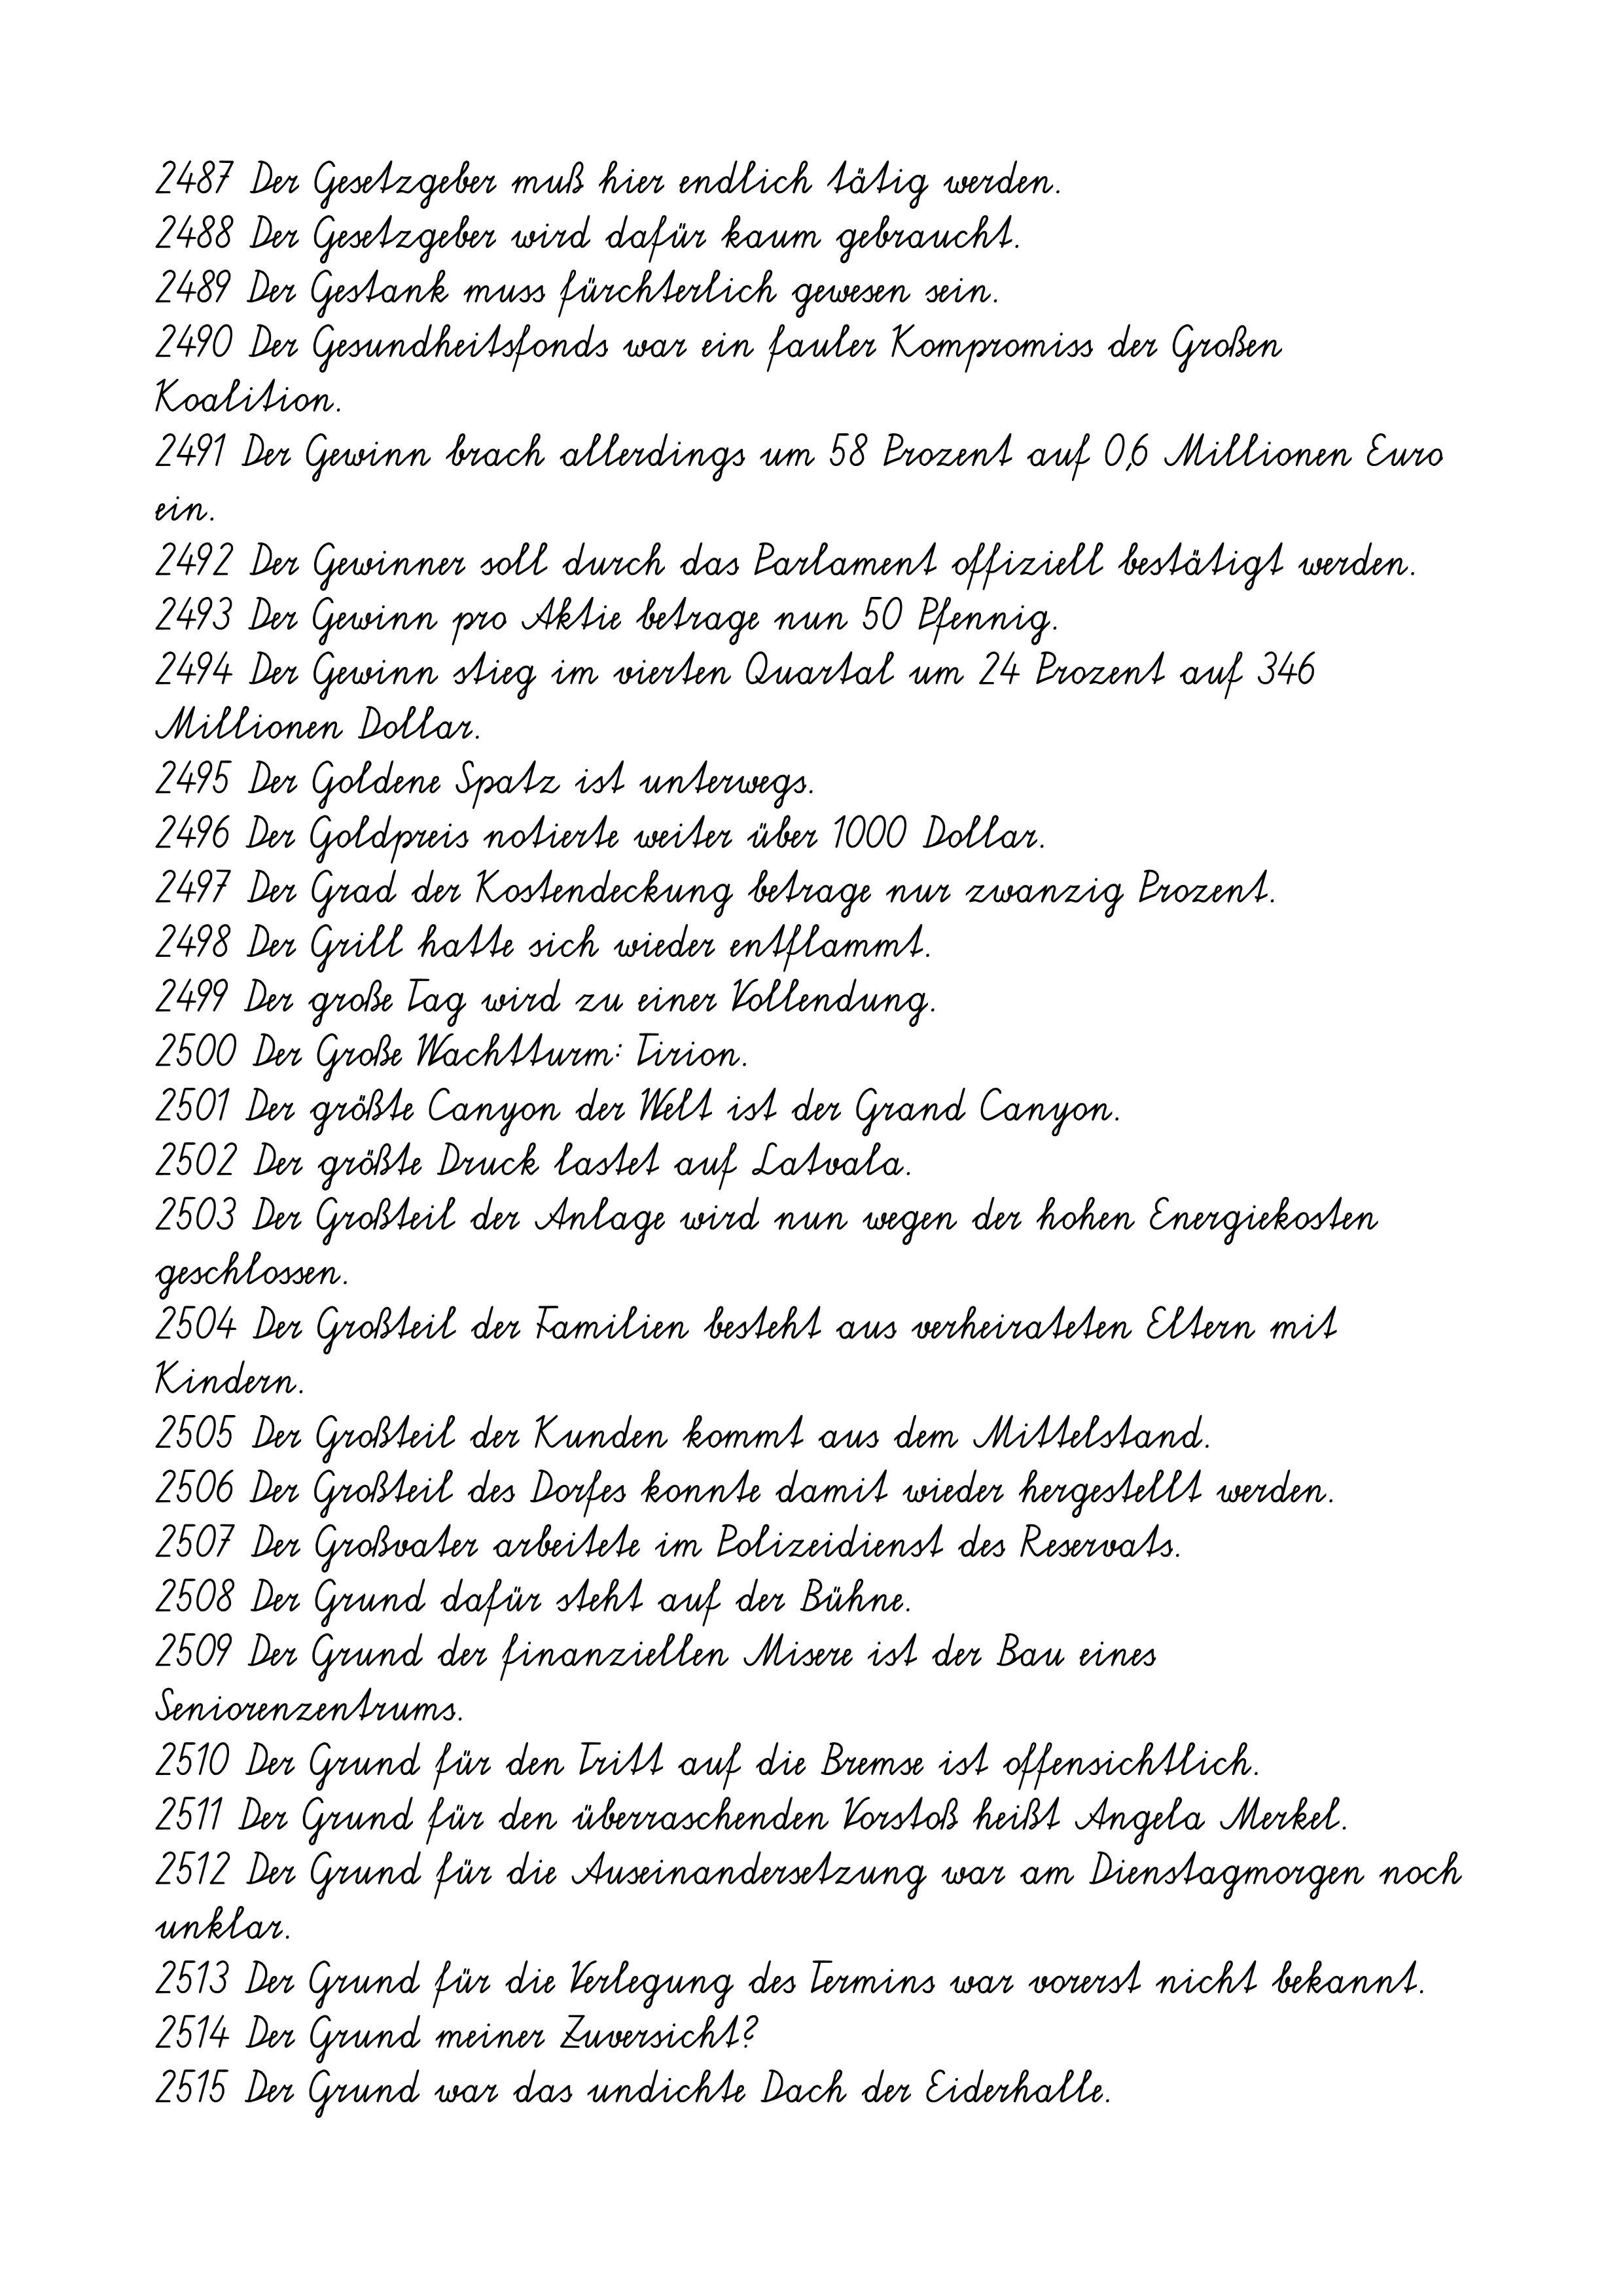
2487 Der Gesetzgeber muß hier endlich tätig werden.
2488 Der Gesetzgeber wird dafür kaum gebraucht.
2489 Der Gestank muss fürchterlich gewesen sein.
2490 Der Gesundheitsfonds war ein fauler Kompromiss der Großen
Koalition.
2491 Der Gewinn brach allerdings um 58 Prozent auf 0,6 Millionen Euro
ein.
2492 Der Gewinner soll durch das Parlament offiziell bestätigt werden.
2493 Der Gewinn pro Aktie betrage nun 50 Pfennig.
2494 Der Gewinn stieg im vierten Quartal um 24 Prozent auf 346
Millionen Dollar.
2495 Der Goldene Spatz ist unterwegs.
2496 Der Goldpreis notierte weiter über 1000 Dollar.
2497 Der Grad der Kostendeckung betrage nur zwanzig Prozent.
2498 Der Grill hatte sich wieder entflammt.
2499 Der große Tag wird zu einer Vollendung.
2500 Der Große Wachtturm: Tirion.
2501 Der größte Canyon der Welt ist der Grand Canyon.
2502 Der größte Druck lastet auf Latvala.
2503 Der Großteil der Anlage wird nun wegen der hohen Energiekosten
geschlossen.
2504 Der Großteil der Familien besteht aus verheirateten Eltern mit
Kindern.
2505 Der Großteil der Kunden kommt aus dem Mittelstand.
2506 Der Großteil des Dorfes konnte damit wieder hergestellt werden.
2507 Der Großvater arbeitete im Polizeidienst des Reservats.
2508 Der Grund dafür steht auf der Bühne.
2509 Der Grund der finanziellen Misere ist der Bau eines
Seniorenzentrums.
2510 Der Grund für den Tritt auf die Bremse ist offensichtlich.
2511 Der Grund für den überraschenden Vorstoß heißt Angela Merkel.
2512 Der Grund für die Auseinandersetzung war am Dienstagmorgen noch
unklar.
2513 Der Grund für die Verlegung des Termins war vorerst nicht bekannt.
2514 Der Grund meiner Zuversicht?
2515 Der Grund war das undichte Dach der Eiderhalle.